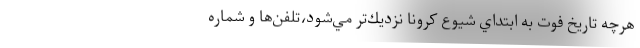
هرچه تاريخ فوت به ابتداي شيوع كرونا نزديك‌تر مي‌شود،تلفن‌ها و شماره